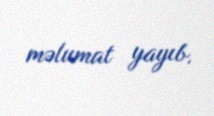
məlumat yayıb.